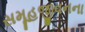
સમૂહજીવનના